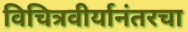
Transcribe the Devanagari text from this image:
विचित्रवीर्यानंतरचा